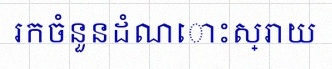
រកចំនួនដំណោះស្រាយ